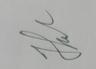
Signature authenticity: genuine